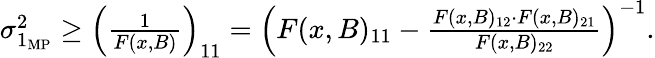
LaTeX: \begin{array}{r}{\sigma_{1_{\mathrm{MP}}}^{2}\geq\left(\frac{1}{F(x,B)}\right)_{11}=\left(F(x,B)_{11}-\frac{F(x,B)_{12}\cdot F(x,B)_{21}}{F(x,B)_{22}}\right)^{-1}.}\end{array}